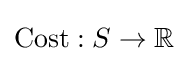
\operatorname {Cost} :S\rightarrow \mathbb {R}